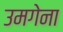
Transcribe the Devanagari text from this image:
उमगेना